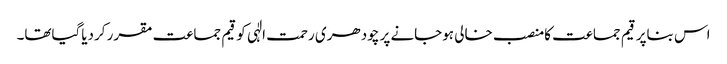
اس بناپر قیم جماعت کامنصب خالی ہوجانے پر چودھری رحمت الٰہی کو قیم جماعت مقرر کردیاگیاتھا۔